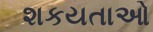
શકયતાઓ